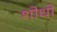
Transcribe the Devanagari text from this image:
शोधो